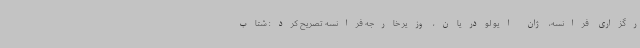
رگزاری فرانسه، ژان ایو لودریان، وزیر خارجه فرانسه تصریح کرد: شتاب